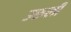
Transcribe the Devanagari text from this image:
उरुली